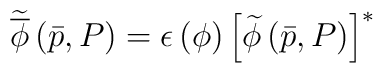
\widetilde{\overline{\phi }}\left( \bar{p},P\right) =\epsilon \left( \phi\right) \left[ \widetilde{\phi }\left( \bar{p},P\right) \right] ^{*}